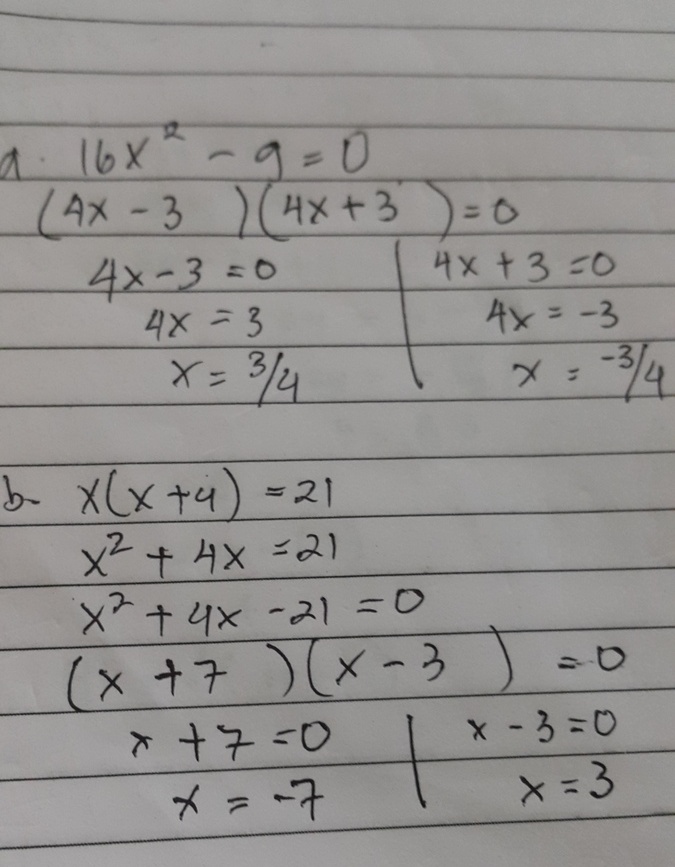
\[
\begin{align*}
&\text{a. }16x^{2}-9 = 0\\
&(4x - 3)(4x + 3)=0\\
&4x-3 = 0\quad 4x + 3 = 0\\
&4x = 3\quad 4x=-3\\
&x=\frac{3}{4}\quad x =-\frac{3}{4}\\
&\text{b. }x(x + 4)=21\\
&x^{2}+4x = 21\\
&x^{2}+4x-21 = 0\\
&(x + 7)(x - 3)=0\\
&x + 7 = 0\quad x - 3 = 0\\
&x=-7\quad x = 3
\end{align*}
\]